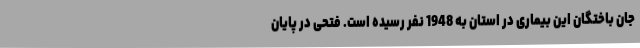
جان باختگان این بیماری در استان به 1948 نفر رسیده است. فتحی در پایان